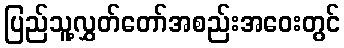
ပြည်သူ့လွှတ်တော်အစည်းအဝေးတွင်